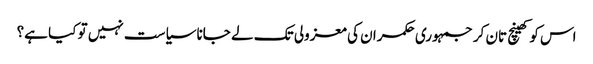
اس کو کھینچ تان کر جمہوری حکمران کی معزولی تک لے جانا سیاست نہیں تو کیا ہے؟